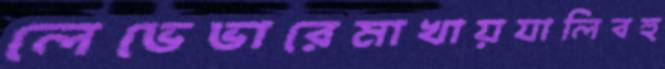
লেভেভারেমাখায়যালিবহু